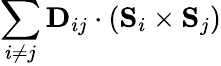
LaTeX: \sum_{i\neq j}\mathbf{D}_{ij}\cdot\left(\mathbf{S}_{i}\times\mathbf{S}_{j}\right)